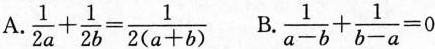
A. $$\frac{1}{2a} + \frac{1}{2b} = \frac{1}{2(a+b)}$$ B. $$\frac{1}{a-b} + \frac{1}{b-a} = 0$$